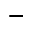
^ -